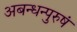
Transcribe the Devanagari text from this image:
अबन्धन्पुरुषं